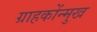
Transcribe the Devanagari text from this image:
ग्राहकोंन्‍मुख